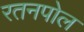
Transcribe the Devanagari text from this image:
रतनपोल